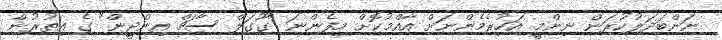
ނަންބަދަލުކުރަން ނިންމީ އަހުރެމެންނަށް އާއްމުކޮށް މިފެންނަ "ގޫގަލް ސާޗް އިންޖީން" ގެ އިތުރުން